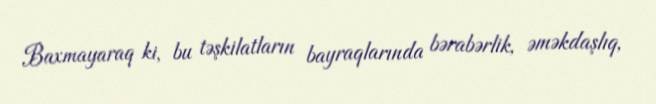
Baxmayaraq ki, bu təşkilatların bayraqlarında bərabərlik, əməkdaşlıq,